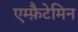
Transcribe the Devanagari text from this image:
एम्फ़ैटेमिन